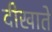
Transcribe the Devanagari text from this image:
दीखाते